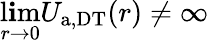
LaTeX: \operatorname*{l\mathbf{i}m}_{r\to0}U_{\mathrm{{a,DT}}}(r)\neq\infty